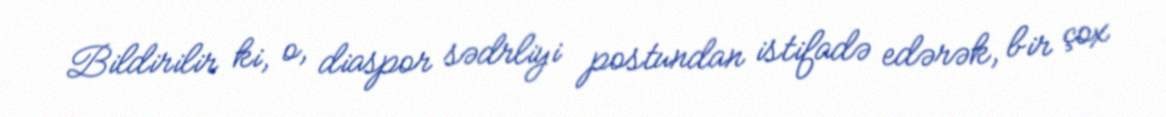
Bildirilir ki, o, diaspor sədrliyi postundan istifadə edərək, bir çox